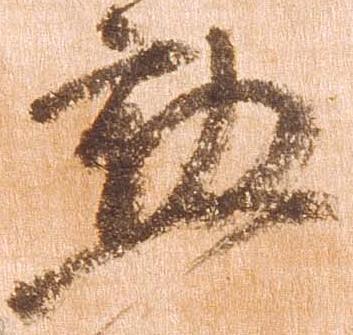
勲